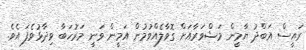
ރައީސް އަބްދު ޔާމީން މަޝްވަރާއަށް ގޮވާލެއްވުމުން އަމީން ވަނީ މަރުހަބާ ވިދާޅުވެފަ އެވެ.